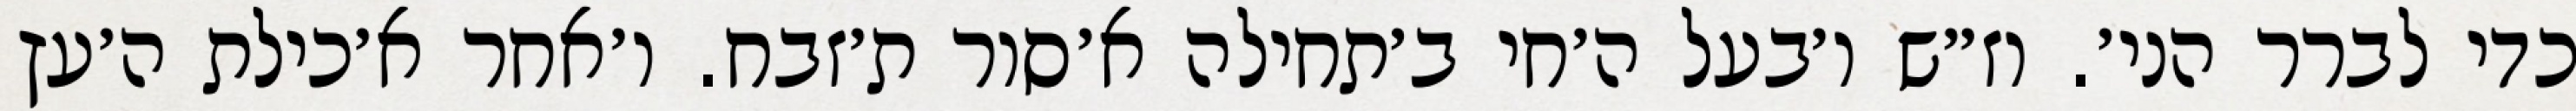
כדי לברר הני׳. וז״ש ו׳בעל ה׳חי ב׳תחילה א׳סור ת׳זבח. ו׳אחר א׳כילת ה׳עץ